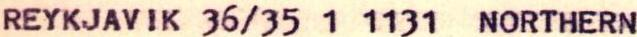
1966 OCT I  14 08